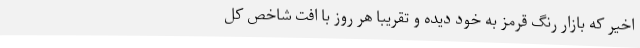
اخیر که بازار رنگ قرمز به خود دیده و تقریباً هر روز با افت شاخص کل